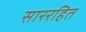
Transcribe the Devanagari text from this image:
साररहित